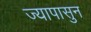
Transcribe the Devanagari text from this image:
ज्यापासुन